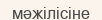
мәжілісіне